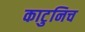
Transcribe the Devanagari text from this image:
काटुनिच